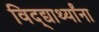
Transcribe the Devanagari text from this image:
विद्द्यार्थ्यांना